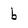
Character: b